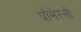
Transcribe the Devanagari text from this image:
प्रोमेस्सी